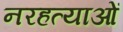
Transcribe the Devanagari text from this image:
नरहत्याओं